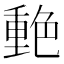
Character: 𰰙